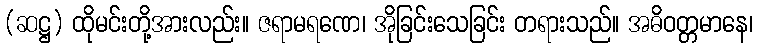
(ဆဋ္ဌ) ထိုမင်းတို့အားလည်း။ ဇရာမရဏေ၊ အိုခြင်းသေခြင်း တရားသည်။ အဓိဝတ္တမာနေ၊